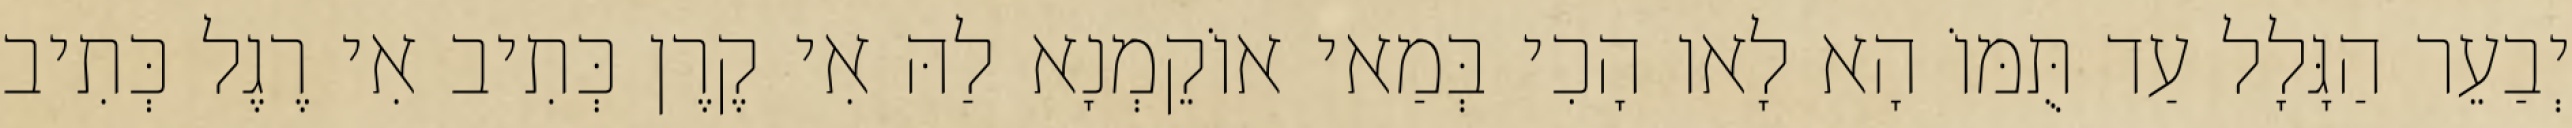
יְבַעֵר הַגָּלָל עַד תֻּמּוֹ הָא לָאו הָכִי בְּמַאי אוֹקֵמְנָא לַהּ אִי קֶרֶן כְּתִיב אִי רֶגֶל כְּתִיב